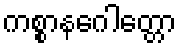
ကစ္စာနဂေါတ္တော